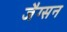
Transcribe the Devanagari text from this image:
जैग्सन